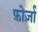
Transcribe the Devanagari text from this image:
फ़ोर्ज़ा